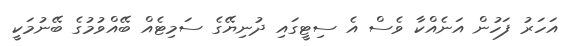
އަހަރު ފަހުން އަނެއްކާ ވެސް އެ ސިޓީގައި ދުނިޔޭގެ ސަމިޓެއް ބޭއްވުމުގެ ބޭނުމަކީ